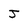
Character: J